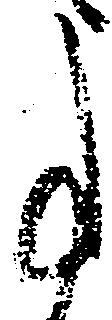
事